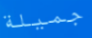
جميلة